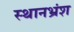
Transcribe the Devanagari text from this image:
स्थानभ्रंश